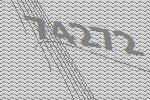
74272